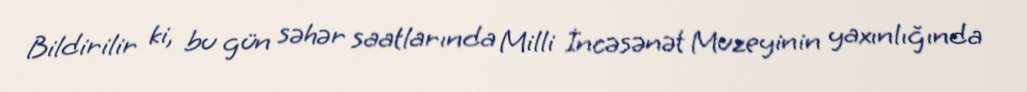
Bildirilir ki, bu gün səhər saatlarında Milli İncəsənət Muzeyinin yaxınlığında